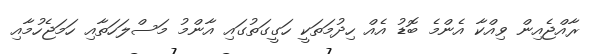
ރާއްޖެއިން ވިއްކާ އެންމެ ބޮޑު އެއް ހިދުމަތަކީ ހަގީގަތުގައި އާންމު މަސްލަހަތާއި ހަމަޖެހުމާއި